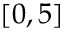
[ 0 , 5 ]